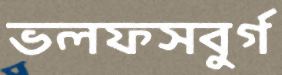
ভলফসবুর্গ